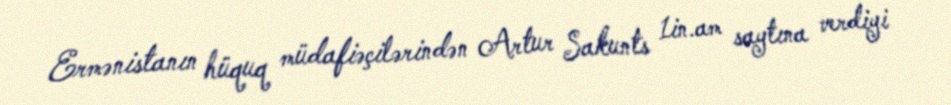
Ermənistanın hüquq müdafiəçilərindən Artur Sakunts 1in.am saytına verdiyi